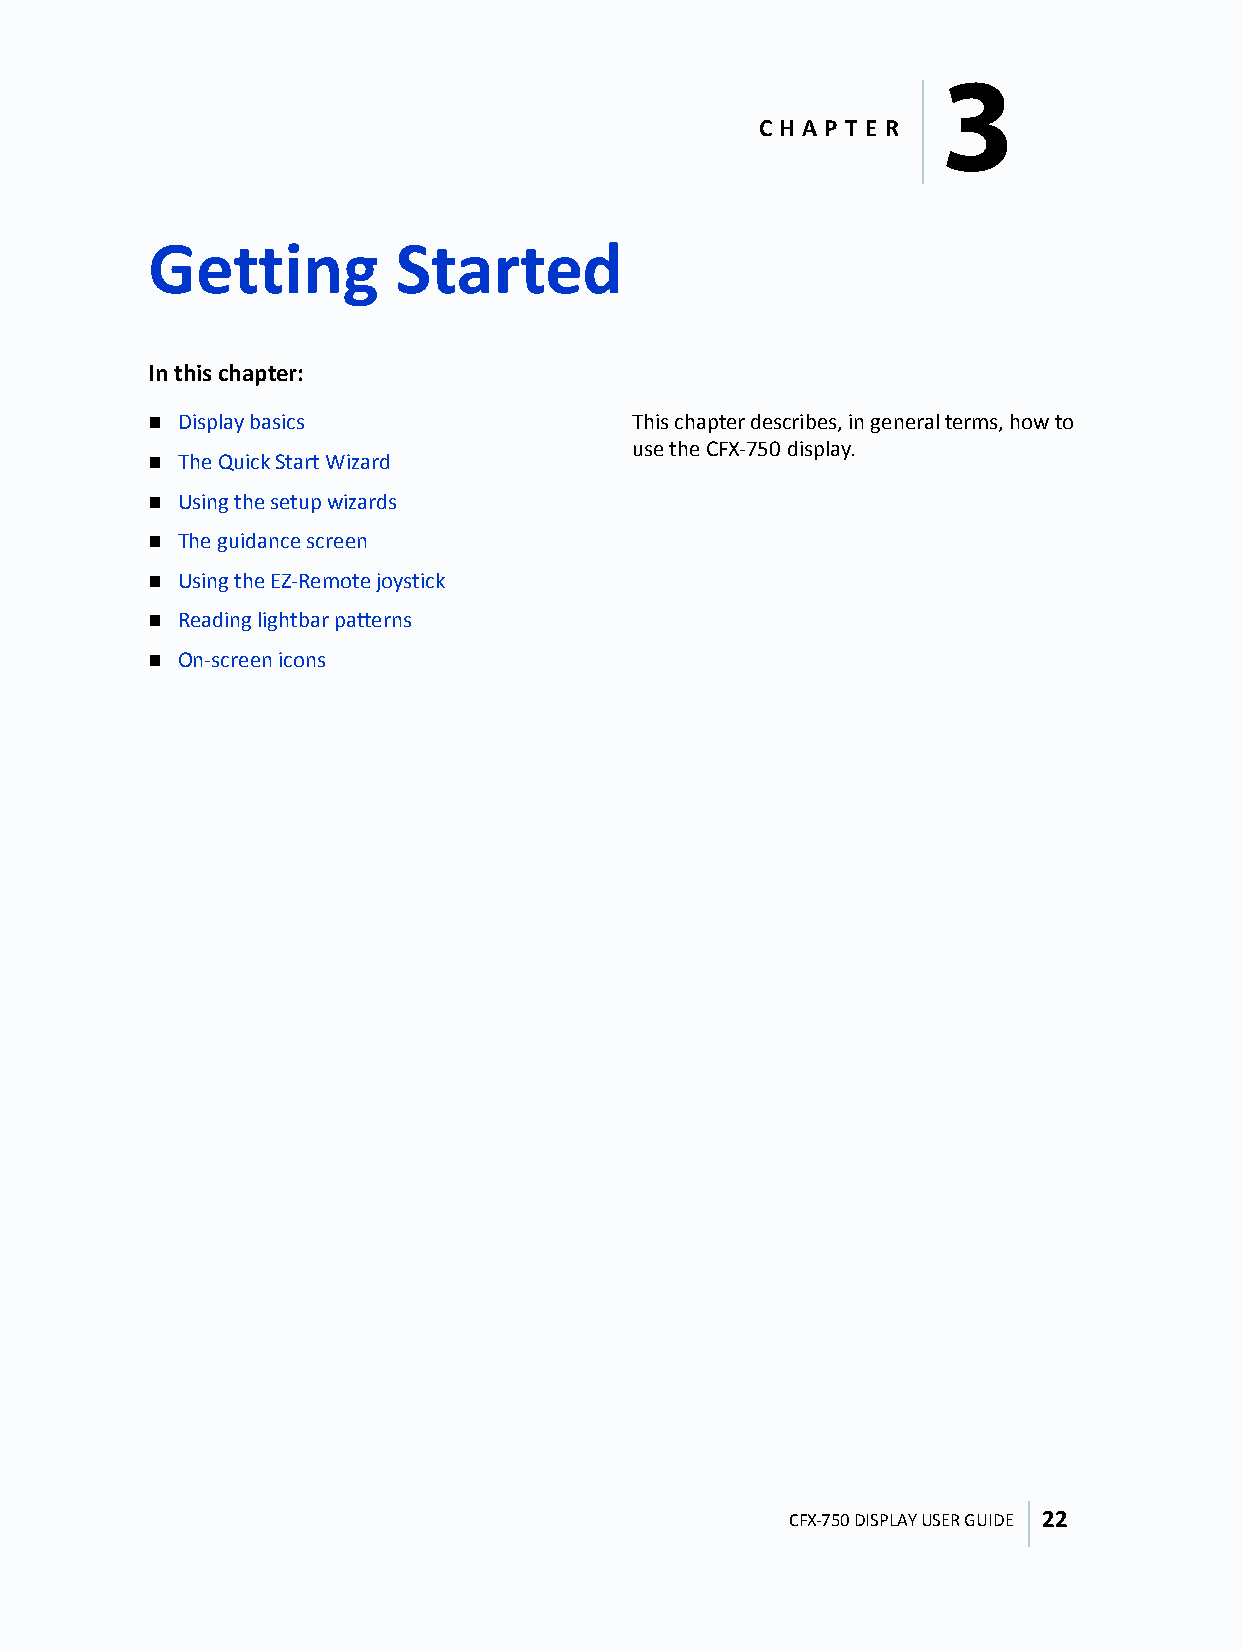
3
 C H A P T E R
 Getting         Started
 3
 In this chapter:
  Display basics                This chapter describes, in general terms, how to
 use the CFX-750 display.
  The Quick Start Wizard
  Using the setup wizards
  The guidance screen
  Using the EZ-Remote joystick
  Reading lightbar patterns
  On-screen icons
 CFX-750 DISPLAY USER GUIDE 22